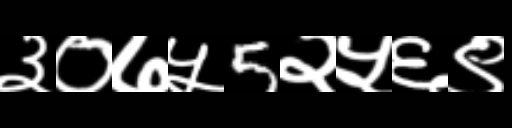
Text: ३०७५5२५६९